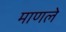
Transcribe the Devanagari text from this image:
माणले